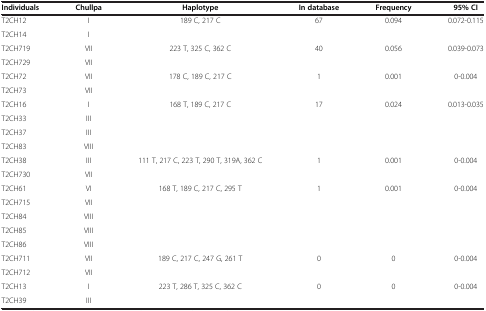
<table><thead><tr><td><b>Individuals</b></td><td><b>Chullpa</b></td><td><b>Haplotype</b></td><td><b>In database</b></td><td><b>Frequency</b></td><td><b>95% CI</b></td></tr></thead><tbody><tr><td>T2CH12</td><td>I</td><td rowspan="2">189 C, 217 C</td><td rowspan="2">67</td><td rowspan="2">0.094</td><td rowspan="2">0.072-0.115</td></tr><tr><td>T2CH14</td><td>I</td></tr><tr><td>T2CH719</td><td>VII</td><td rowspan="2">223 T, 325 C, 362 C</td><td rowspan="2">40</td><td rowspan="2">0.056</td><td rowspan="2">0.039-0.073</td></tr><tr><td>T2CH729</td><td>VII</td></tr><tr><td>T2CH72</td><td>VII</td><td rowspan="2">178 C, 189 C, 217 C</td><td rowspan="2">1</td><td rowspan="2">0.001</td><td rowspan="2">0-0.004</td></tr><tr><td>T2CH73</td><td>VII</td></tr><tr><td>T2CH16</td><td>I</td><td rowspan="4">168 T, 189 C, 217 C</td><td rowspan="4">17</td><td rowspan="4">0.024</td><td rowspan="4">0.013-0.035</td></tr><tr><td>T2CH33</td><td>III</td></tr><tr><td>T2CH37</td><td>III</td></tr><tr><td>T2CH83</td><td>VIII</td></tr><tr><td>T2CH38</td><td>III</td><td rowspan="2">111 T, 217 C, 223 T, 290 T, 319A, 362 C</td><td rowspan="2">1</td><td rowspan="2">0.001</td><td rowspan="2">0-0.004</td></tr><tr><td>T2CH730</td><td>VII</td></tr><tr><td>T2CH61</td><td>VI</td><td rowspan="5">168 T, 189 C, 217 C, 295 T</td><td rowspan="5">1</td><td rowspan="5">0.001</td><td rowspan="5">0-0.004</td></tr><tr><td>T2CH715</td><td>VII</td></tr><tr><td>T2CH84</td><td>VIII</td></tr><tr><td>T2CH85</td><td>VIII</td></tr><tr><td>T2CH86</td><td>VIII</td></tr><tr><td>T2CH711</td><td>VII</td><td rowspan="2">189 C, 217 C, 247 G, 261 T</td><td rowspan="2">0</td><td rowspan="2">0</td><td rowspan="2">0-0.004</td></tr><tr><td>T2CH712</td><td>VII</td></tr><tr><td>T2CH13</td><td>I</td><td>223 T, 286 T, 325 C, 362 C</td><td>0</td><td>0</td><td>0-0.004</td></tr><tr><td>T2CH39</td><td>III</td><td> </td><td> </td><td> </td><td> </td></tr></tbody></table>